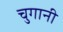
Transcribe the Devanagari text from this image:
चुगानी